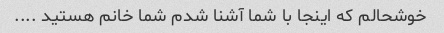
خوشحالم که اینجا با شما آشنا شدم شما خانم هستید ....